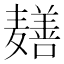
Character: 𬹎